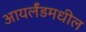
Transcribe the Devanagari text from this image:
आयर्लॅडमधील